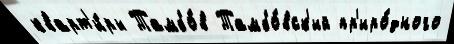
кварт'и́ры Тамбо́в Тамбо́вск'ий пр'иро́дного